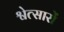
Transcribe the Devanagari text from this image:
श्वेत्सारों